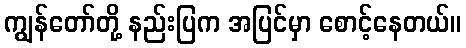
ကျွန်တော်တို့ နည်းပြက အပြင်မှာ စောင့်နေတယ်။